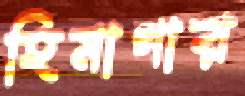
হিমাগার